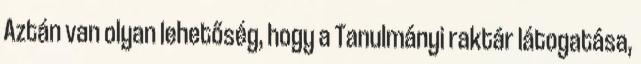
Aztán van olyan lehetőség, hogy a Tanulmányi raktár látogatása,